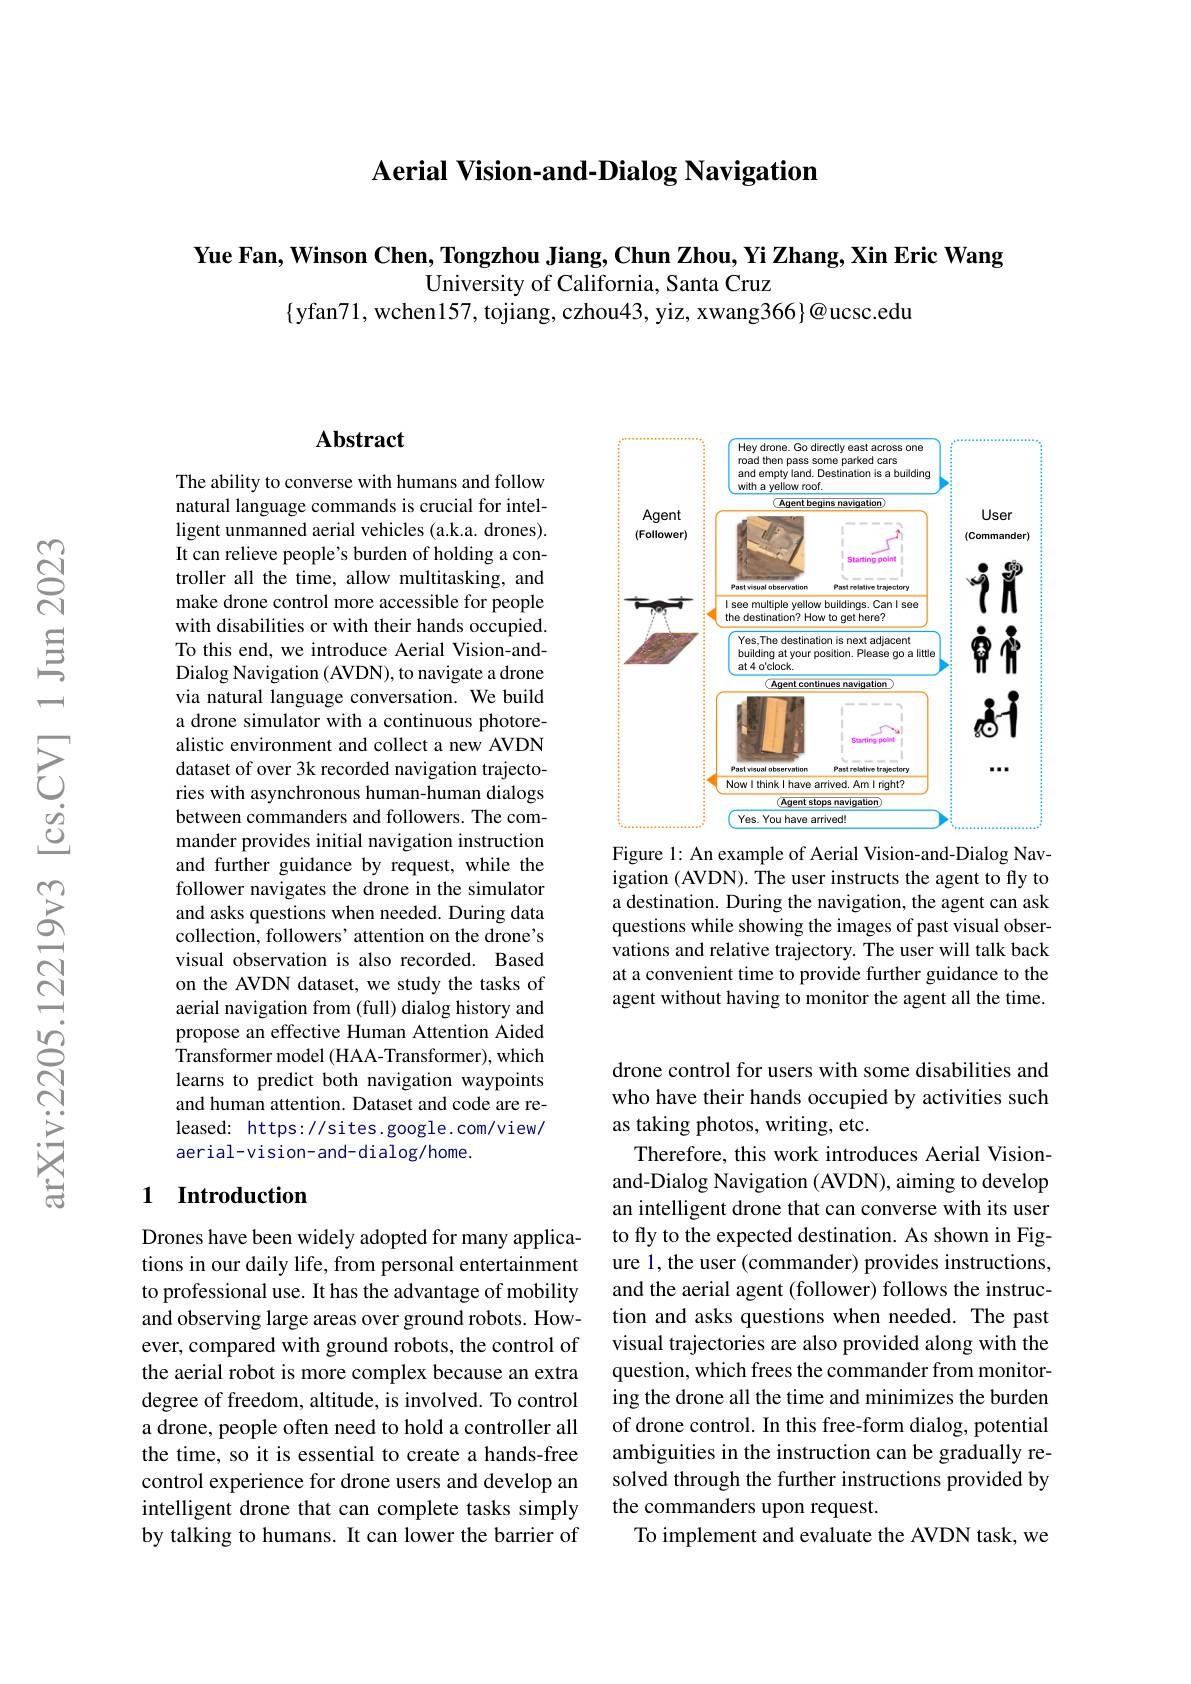
Aerial Vision-and-Dialog Navigation

Yue Fan, Winson Chen, Tongzhou Jiang, Chun Zhou, Yi Zhang, Xin Eric Wang

University of California, Santa Cruz
$\{$yfan71, wchen157, tojiang, czhou43, yiz, xwang366}@ucsc.edu

## $\mathbf{Abstract}$

The ability to converse with humans and follow natural language commands is crucial for intelligent unmanned aerial vehicles (a.k.a. drones). It can relieve people's burden of holding a controller all the time, allow multitasking, and make drone control more accessible for people with disabilities or with their hands occupied. To this end, we introduce Aerial Vision-andDialog Navigation (AVDN), to navigate a drone via natural language conversation. We build a drone simulator with a continuous photorealistic environment and collect a new AVDN dataset of over 3k recorded navigation trajectories with asynchronous human-human dialogs between commanders and followers. The commander provides initial navigation instruction and further guidance by request, while the follower navigates the drone in the simulator and asks questions when needed. During data collection, followers' attention on the drone's visual observation is also recorded. Based on the AVDN dataset, we study the tasks of aerial navigation from (full) dialog history and propose an effective Human Attention Aided Transformer model (HAA-Transformer), which learns to predict both navigation waypoints and human attention. Dataset and code are released: https://sites.google.com/view/ aerial-vision-and-dialog/home.

## 1 Introduction

Drones have been widely adopted for many applications in our daily life, from personal entertainment to professional use. It has the advantage of mobility and observing large areas over ground robots. However, compared with ground robots, the control of the aerial robot is more complex because an extra degree of freedom, altitude, is involved. To control a drone, people often need to hold a controller all the time, so it is essential to create a hands-free control experience for drone users and develop an intelligent drone that can complete tasks simply by talking to humans. It can lower the barrier of

<FigureHere>
Figure 1: An example of Aerial Vision-and-Dialog Nav-

igation (AVDN). The user instructs the agent to fly to a destination. During the navigation, the agent can ask questions while showing the images of past visual observations and relative trajectory. The user will talk back at a convenient time to provide further guidance to the agent without having to monitor the agent all the time.

drone control for users with some disabilities and who have their hands occupied by activities such as taking photos, writing, etc.
Therefore, this work introduces Aerial Visionand-Dialog Navigation (AVDN), aiming to develop an intelligent drone that can converse with its user to fly to the expected destination. As shown in Figure 1, the user (commander) provides instructions, and the aerial agent (follower) follows the instruction and asks questions when needed. The past visual trajectories are also provided along with the question, which frees the commander from monitoring the drone all the time and minimizes the burden of drone control. In this free-form dialog, potential ambiguities in the instruction can be gradually resolved through the further instructions provided by the commanders upon request.
To implement and evaluate the AVDN task, we